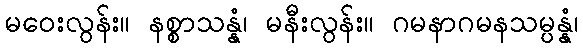
မဝေးလွန်း။ နစ္စာသန္နံ၊ မနီးလွန်း။ ဂမနာဂမနသမ္ပန္နံ၊